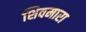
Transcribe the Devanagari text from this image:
शिवमारा